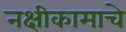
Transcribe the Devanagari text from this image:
नक्षीकामाचे